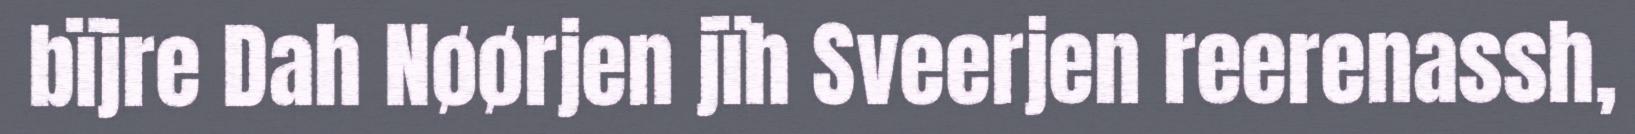
bïjre Dah Nøørjen jïh Sveerjen reerenassh,